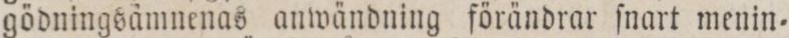
gödningsåmnenas anwändning förändrar ſnart menin=